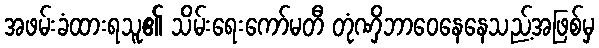
အဖမ်းခံထားရသူ၏ သိမ်းရေးကော်မတီ တုံဏှိဘာဝေနေနေသည့်အဖြစ်မှ